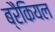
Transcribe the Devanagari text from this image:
ब्रैंकियल